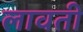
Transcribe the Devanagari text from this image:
लावती